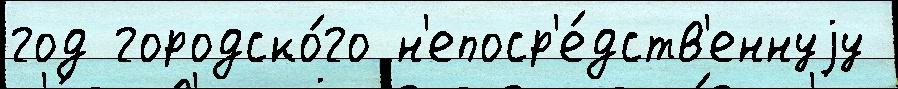
год городско́го н'епоср'е́дств'еннуjу